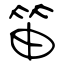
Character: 笛